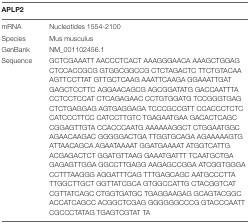
<table><thead><tr><td><b>APLP2</b></td><td></td></tr></thead><tbody><tr><td>mRNA</td><td>Nucleotides 1554-2100</td></tr><tr><td>Species</td><td>Mus musculus</td></tr><tr><td>GenBank</td><td>NM_001102456.1</td></tr><tr><td>Sequence</td><td>GCTCGAAATT AACCCTCACT AAAGGGAACA AAAGCTGGAG CTCCACCGCG GTGGCGGCCG CTCTAGACTC TTCTGTACAA AGTTCCTTAT GTTGCTCAAG AAATTCAAGA GGAAATTGAT GAGCTCCTTC AGGAACAGCG AGCGGATATG GACCAATTTA CCTCCTCCAT CTCAGAGAAC CCTGTGGATG TCCGGGTGAG CTCTGAGGAG AGTGAGGAGA TCCCGCCGTT CCACCCTCTC CATCCCTTCC CATCCTTGTC TGAGAATGAA GACACTCAGC CGGAGTTGTA CCACCCAATG AAAAAAGGCT CTGGAATGGC AGAACAAGAC GGGGGACTGA TTGGTGCAGA AGAAAAAGTG ATTAACAGCA AGAATAAAAT GGATGAAAAT ATGGTCATTG ACGAGACTCT GGATGTTAAG GAAATGATTT TCAATGCTGA GAGAGTTGGA GGCCTTGAGG AAGAGCCGGA ATCGGTGGGA CCTTTAAGGG AGGATTTCAG TTTGAGCAGC AATGCCCTTA TTGGCTTGCT GGTTATCGCA GTGGCCATTG CTACGGTCAT CGTTATCAGC CTGGTGATGC TGAGGAAGAG GCAGTACGGC ACCATCAGCC ACGGCTCGAG GGGGGGCCCG GTACCCAATT CGCCCTATAG TGAGTCGTAT TA</td></tr></tbody></table>